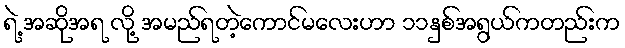
ရဲ့ အဆိုအရ လို့ အမည်ရတဲ့ကောင်မလေးဟာ ၁၁နှစ်အရွယ်ကတည်းက